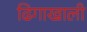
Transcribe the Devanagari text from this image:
ढिगाखाली